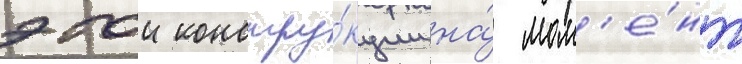
этои констру́кции на́ мом'е́нт